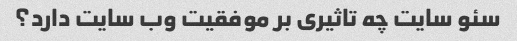
سئو سایت چه تاثیری بر موفقیت وب سایت دارد؟